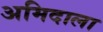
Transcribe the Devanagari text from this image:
अमिदाला